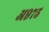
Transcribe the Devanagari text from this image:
अ९७५